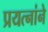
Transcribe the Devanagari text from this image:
प्रयत्नांने